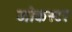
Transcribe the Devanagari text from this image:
जोकस्टर